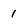
Character: 1